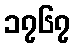
၁၇၆၇